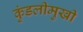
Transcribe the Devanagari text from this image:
कुंडलीमुखी